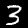
Label: 3